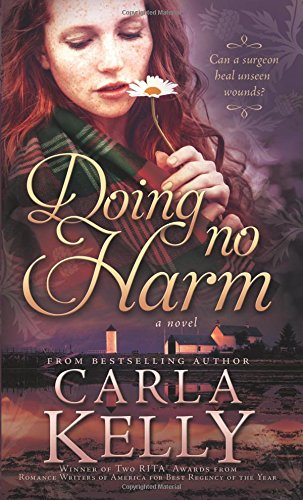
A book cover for Doing No Harm; Carla Kelly; Romance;